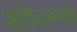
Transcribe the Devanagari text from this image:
सोल्म्स